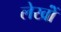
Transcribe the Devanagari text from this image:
लेखोंं